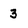
Character: 3